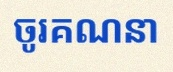
ចូរគណនា